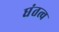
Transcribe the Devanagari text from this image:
घंतत्व